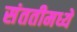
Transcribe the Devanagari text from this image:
संततीमध्ये